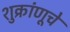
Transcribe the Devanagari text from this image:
शुक्रांणूचे